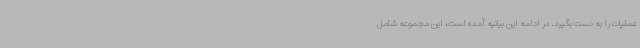
عملیات را به دست بگیرد. در ادامه این بیانیه آمده است، این مجموعه شامل